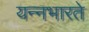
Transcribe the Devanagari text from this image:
यन्नभारते